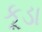
કૂડા